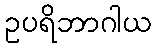
ဥပရိဘာဂါယ